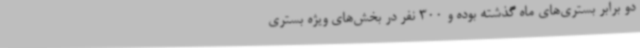
دو برابر بستری‌های ماه گذشته بوده و 300 نفر در بخش‌های ویژه بستری